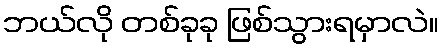
ဘယ်လို တစ်ခုခု ဖြစ်သွားရမှာလဲ။